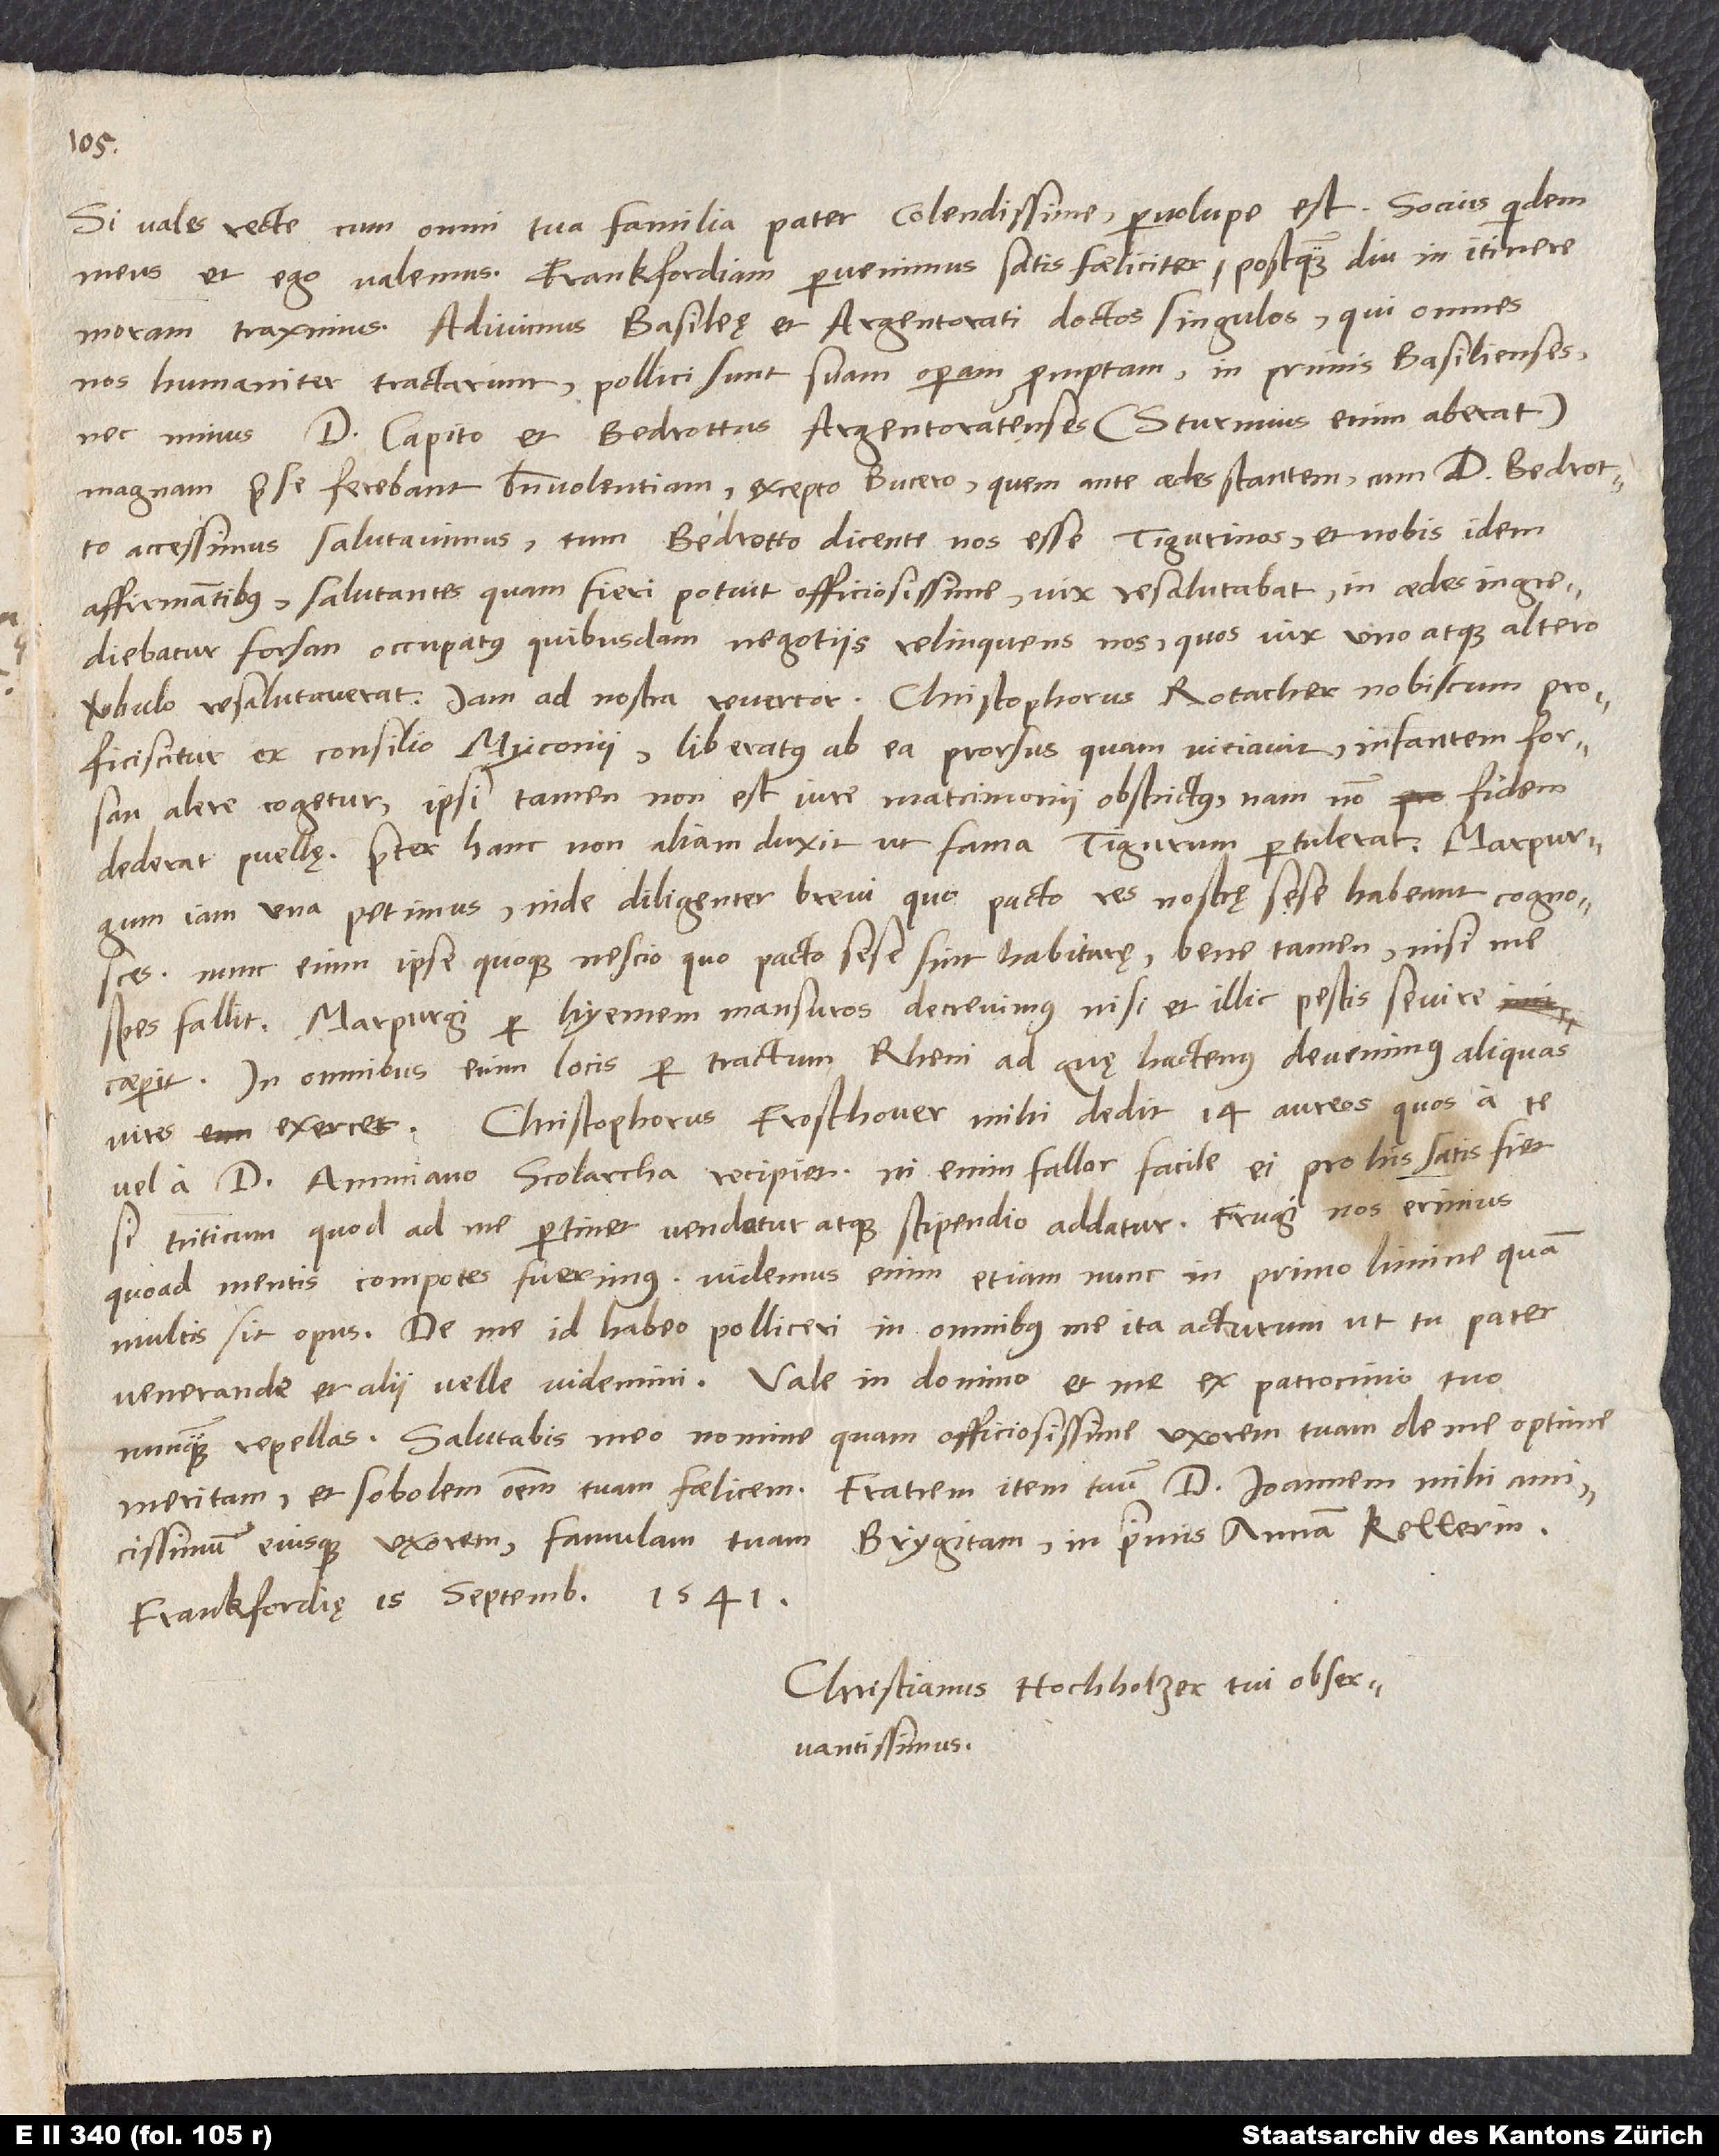
Si vales recte cum omni tua familia, pater colendissime, pervolupe est. Socius quidem
meus et ego valemus. Frankfordiam pervenimus satis faeliciter, postquam diu in itinere
moram traximus. Adivimus Basileę et Argentorati doctos singulos, qui omnes
nos humaniter tractarunt, polliciti sunt suam operam promptam, in primis Basilienses,
nec minus d. Capito et Bedrottus Argentoratenses (Sturmius enim aberat)
magnam prae se ferebant benevolentiam, excepto Bucero, quem ante aedes stantem, cum d. Bedrotto
accessimus, salutavimus; tum Bedrotto dicente nos esse Tigurinos, et nobis idem
affirmantibus, salutantes quam fieri potuit officiosissime vix resalutabat, in aedes ingrediebatur,
forsan occupatus quibusdam negotiis, relinquens nos, quos vix uno atque altero
verbulo resalutaverat. Iam ad nostra revertor: Christophorus Rotacher nobiscum
proficiscitur ex consilio Myconii, liberatus ab ea prorsus, quam viciavit; infantem forsan
alere cogetur, ipsi tamen non est iure matrimonii obstrictus, nam non fidem
dederat puellę. Praeter hanc non aliam duxit, ut fama Tigurum pertulerat. Marpurgum
iam una petimus, inde diligenter brevi, quo pacto res nostrę sese habeant, cognosces.
Nunc enim ipse quoque nescio, quo pacto sese hinc habiturę, bene tamen, nisi me
spes fallit. Marpurgi per hyemem mansuros decrevimus, nisi et illic pestis sevire
caeperit. In omnibus enim locis per tractum Rheni, ad quę hactenus devenimus, aliquas
vires exercet. Christophorus Froschouer mihi dedit 14 aureos, quos a te
vel a d. Ammiano scolarcha recipiet. Ni enim fallor, facile ei pro his satis fiet,
si triticum, quod ad me pertinet, vendatur atque stipendio addatur. Frugi nos erimus,
quoad mentis compotes fuerimus. Videmus enim etiam nunc in primo limine, quam
multis sit opus. De me id habeo polliceri in omnibus me ita acturum, ut tu, pater
observande, et alii velle videmini. Vale in domino et me ex patrocinio tuo
quam officiosissime uxorem tuam de me optime
nunquam repellas. Salutabis meo nomine
Fratrem item tuum, d. Ioannem, mihi
meritam et sobolem omnem tuam faelicem.
Brygitam, in primis Annam Kellerin.
amicissimum, eiusque uxorem, famulam tuam
Frankfordię, 15. septembris 1541.
Christianus Hochholzer, tui observantissimus.